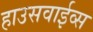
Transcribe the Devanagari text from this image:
हाउसवाईव्स